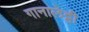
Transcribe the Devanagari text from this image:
गानालेट्टी